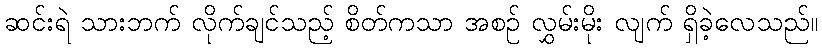
ဆင်းရဲ သားဘက် လိုက်ချင်သည့် စိတ်ကသာ အစဉ် လွှမ်းမိုး လျက် ရှိခဲ့လေသည်။